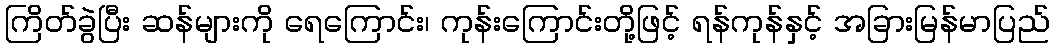
ကြိတ်ခွဲပြီး ဆန်များကို ရေကြောင်း၊ ကုန်းကြောင်းတို့ဖြင့် ရန်ကုန်နှင့် အခြားမြန်မာပြည်